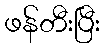
ဖန်တီးပြီး